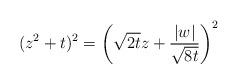
LaTeX: \begin{align*}(z^2+t)^2=\bigg(\sqrt{2t}z+\frac{|w|}{\sqrt{8t}}\bigg)^2\end{align*}